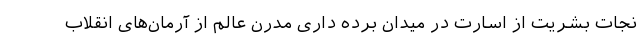
نجات بشریت از اسارت در میدان برده داری مدرن عالم از آرمان‌های انقلاب